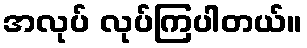
အလုပ် လုပ်ကြပါတယ်။